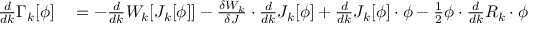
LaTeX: \begin{array} { r l } { { \frac { d } { d k } } \Gamma _ { k } [ \phi ] } & { { } = - { \frac { d } { d k } } W _ { k } [ J _ { k } [ \phi ] ] - { \frac { \delta W _ { k } } { \delta J } } \cdot { \frac { d } { d k } } J _ { k } [ \phi ] + { \frac { d } { d k } } J _ { k } [ \phi ] \cdot \phi - { \frac { 1 } { 2 } } \phi \cdot { \frac { d } { d k } } R _ { k } \cdot \phi } \end{array}